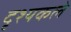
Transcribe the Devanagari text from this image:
दृश्यकले